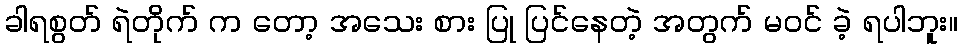
ခါရစွတ် ရဲတိုက် က တော့ အသေး စား ပြု ပြင်နေတဲ့ အတွက် မဝင် ခဲ့ ရပါဘူး။